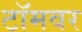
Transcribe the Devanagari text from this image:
टॉमवर